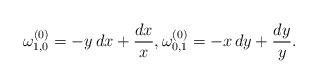
LaTeX: \begin{align*}\omega^{(0)}_{1,0}=-y\,dx+\frac{dx}{x},\omega^{(0)}_{0,1}=-x\,dy+\frac{dy}{y}.\end{align*}